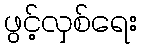
ဖွင့်လှစ်ရေး